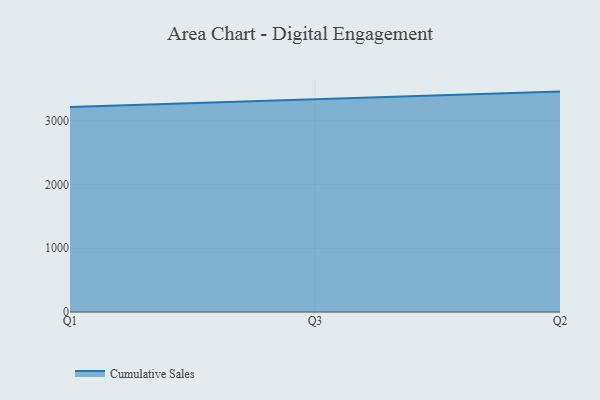
{"axis": {"x": "Quarter", "y": "Customer Acquisition Cost (USD)"}, "legend": ["Cumulative Sales"], "data": [{"x": "Q1", "y": 3213.3, "type": "Cumulative Sales"}, {"x": "Q3", "y": 3328.9, "type": "Cumulative Sales"}, {"x": "Q2", "y": 3455.1, "type": "Cumulative Sales"}]}